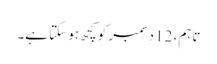
تاہم، 12 دسمبر کو کچھ ہو سکتا ہے۔